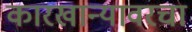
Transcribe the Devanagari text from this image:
कारखान्यावरचा